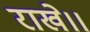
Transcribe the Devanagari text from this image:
राखे।।